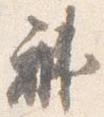
褂